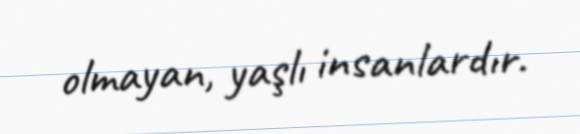
olmayan, yaşlı insanlardır.